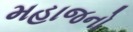
મહાજનો